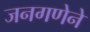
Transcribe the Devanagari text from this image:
जनगणेने